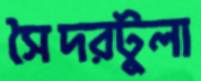
সৈদরটুলা